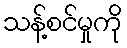
သန့်စင်မှုကို